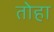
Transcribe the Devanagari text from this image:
तोहा